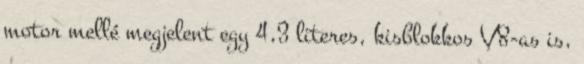
motor mellé megjelent egy 4,3 literes, kisblokkos V8-as is,